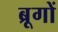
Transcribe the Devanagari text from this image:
ब्रूगों